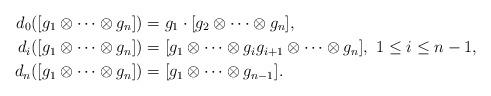
LaTeX: \begin{align*}d_0([g_1\otimes \cdots \otimes g_n]) &= g_1 \cdot [g_2\otimes \cdots \otimes g_n],\\d_i([g_1\otimes \cdots \otimes g_n]) &= [g_1\otimes \cdots \otimes g_i g_{i+1} \otimes \cdots \otimes g_n], \ 1\leq i \leq n-1,\\d_n([g_1\otimes \cdots \otimes g_n]) &= [g_1\otimes \cdots \otimes g_{n-1}].\end{align*}